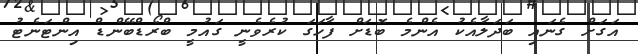
އަގަށް ގެނައި ބަދަލާއެކު އެންމެ ބޮޑަށް ފާހަގަ ކުރެވެނީ ގައުމީ ބްރޯޑްބޭންޑް އިންޓަނެޓު